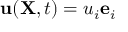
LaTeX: \ \mathbf { u } ( \mathbf { X } , t ) = u _ { i } \mathbf { e } _ { i }